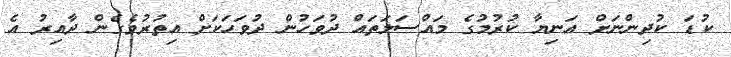
ކުޑަ ކުދިންނަށް އަނިޔާ ކުރުމުގެ މައްސަލަތައް ދުވަހުން ދުވަހަކަށް އިތުރުވެގެން ދާއިރު އެ